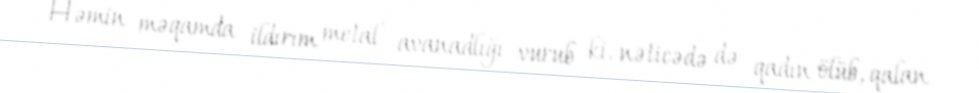
Həmin məqamda ildırım metal avanadlığı vurub ki, nəticədə də qadın ölüb, qalan